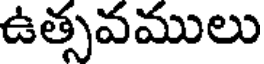
ఉత్సవములు